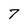
Character: 7